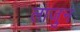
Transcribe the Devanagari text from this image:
लाजुन